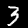
Digit: 3